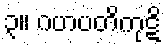
၃။ ဂဟပတိကုဋိ